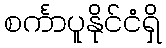
စင်္ကာပူနိုင်ငံရှိ